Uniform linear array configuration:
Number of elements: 32
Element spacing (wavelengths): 0.25
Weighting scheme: exponential
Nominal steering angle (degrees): -15
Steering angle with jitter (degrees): -14.303
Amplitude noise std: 0.05
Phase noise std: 0.05

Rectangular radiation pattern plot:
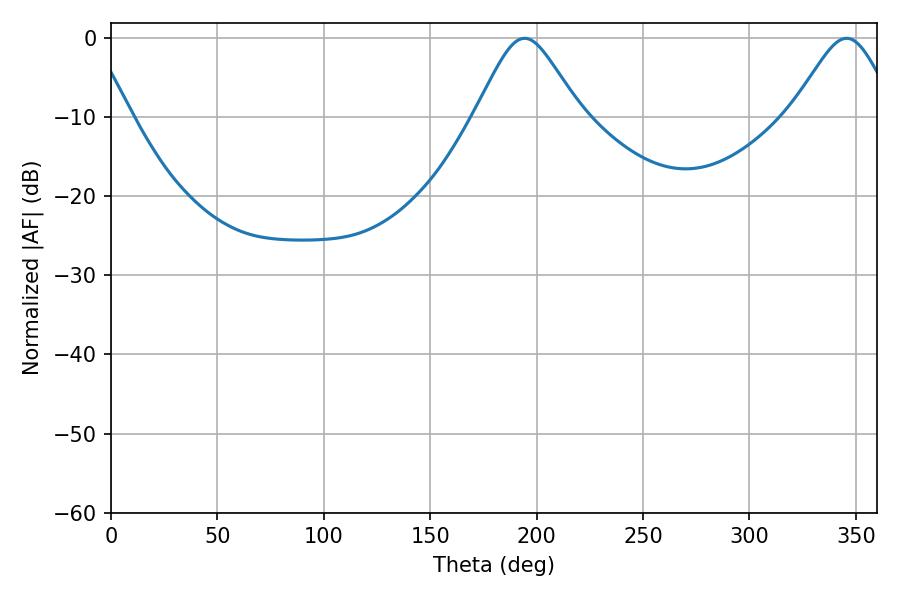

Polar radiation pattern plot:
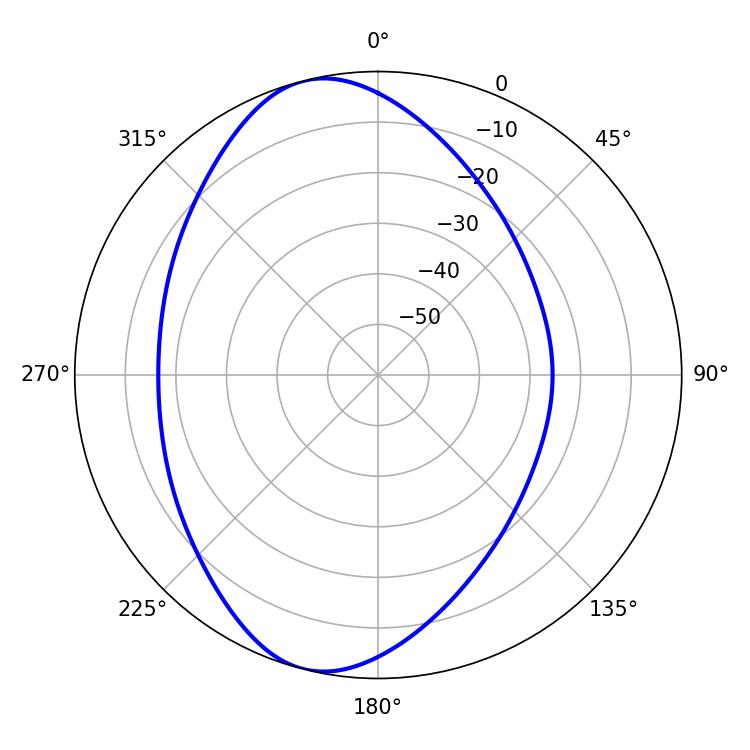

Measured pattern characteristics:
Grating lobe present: FALSE
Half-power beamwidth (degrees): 23.94
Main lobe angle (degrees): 194.4